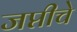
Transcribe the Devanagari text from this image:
जप्तीचे